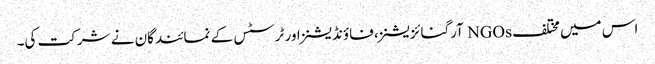
اس میں مختلف NGOs آرگنائزیشنز، فاؤنڈیشنز اور ٹرسٹس کے نمائندگان نے شرکت کی۔